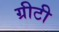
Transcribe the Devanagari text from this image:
ग्रीटी